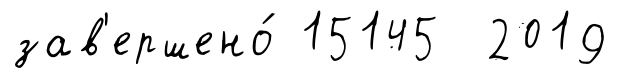
зав'ершено́ 15145 2019